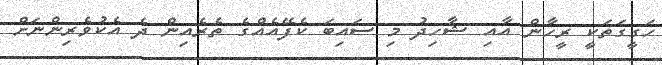
ހަގީގަތަކީ ރީހާން އާއި ޝާހިދު މި ސައިބަ ކެފޭއެއްގެ ތެރެއިން ދެ އެކުވެރިންނަށް